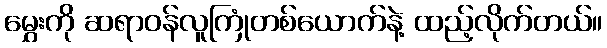
မွှေးကို ဆရာဝန်လူကြုံတစ်ယောက်နဲ့ ထည့်လိုက်တယ်။